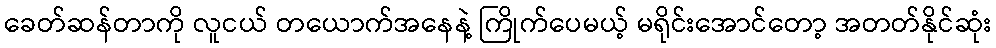
ခေတ်ဆန်တာကို လူငယ် တယောက်အနေနဲ့ ကြိုက်ပေမယ့် မရိုင်းအောင်တော့ အတတ်နိုင်ဆုံး